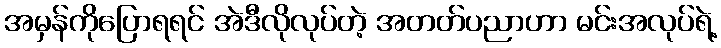
အမှန်ကိုပြောရရင် အဲဒီလိုလုပ်တဲ့ အတတ်ပညာဟာ မင်းအလုပ်ရဲ့